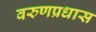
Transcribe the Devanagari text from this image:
वरुणप्रधास